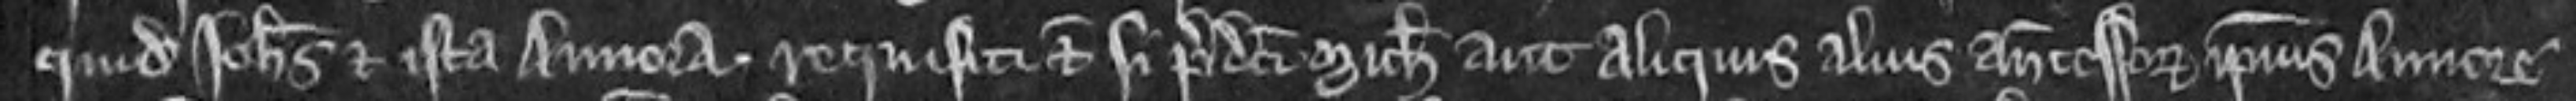
quidam Johannes et ista Annora. Requisiti etc si predictus Michaelis aut aliquis alius antecessor ipsius Annore